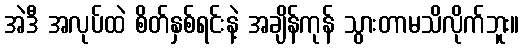
အဲဒီ အလုပ်ထဲ စိတ်နှစ်ရင်းနဲ့ အချိန်ကုန် သွားတာမသိလိုက်ဘူး။